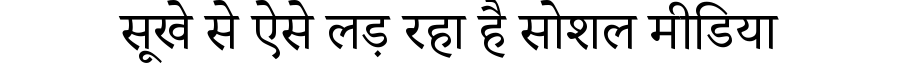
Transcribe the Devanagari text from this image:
सूखे से ऐसे लड़ रहा है सोशल मीडिया